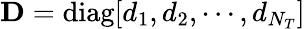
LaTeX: \mathbf{D}=\mathrm{diag}[d_{1},d_{2},\cdots,d_{N_{T}}]